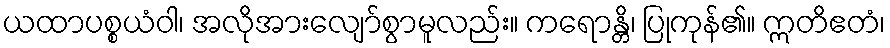
ယထာပစ္စယံဝါ၊ အလိုအားလျော်စွာမူလည်း။ ကရောန္တိ၊ ပြုကုန်၏။ ဣတိဧတံ၊